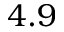
4 . 9